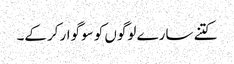
کتنے سارے لوگوں کو سوگوار کرکے۔